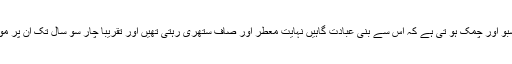
سدر کی لکڑی میں اتنی خوشبو اور چمک ہو تی ہے کہ اس سے بنی عبادت گاہیں نہایت معطر اور صاف ستھری رہتی تھیں اور تقریباً چار سو سال تک ان پر موسم کا کوئی اثر نہ ہو تا تھا ۔